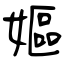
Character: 嫗